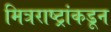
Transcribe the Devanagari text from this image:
मित्रराष्ट्रांकडून